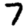
Digit: 7